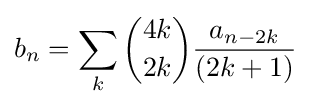
b_{n}=\sum _{k}{\binom {4k}{2k}}{\frac {a_{n-2k}}{(2k+1)}}